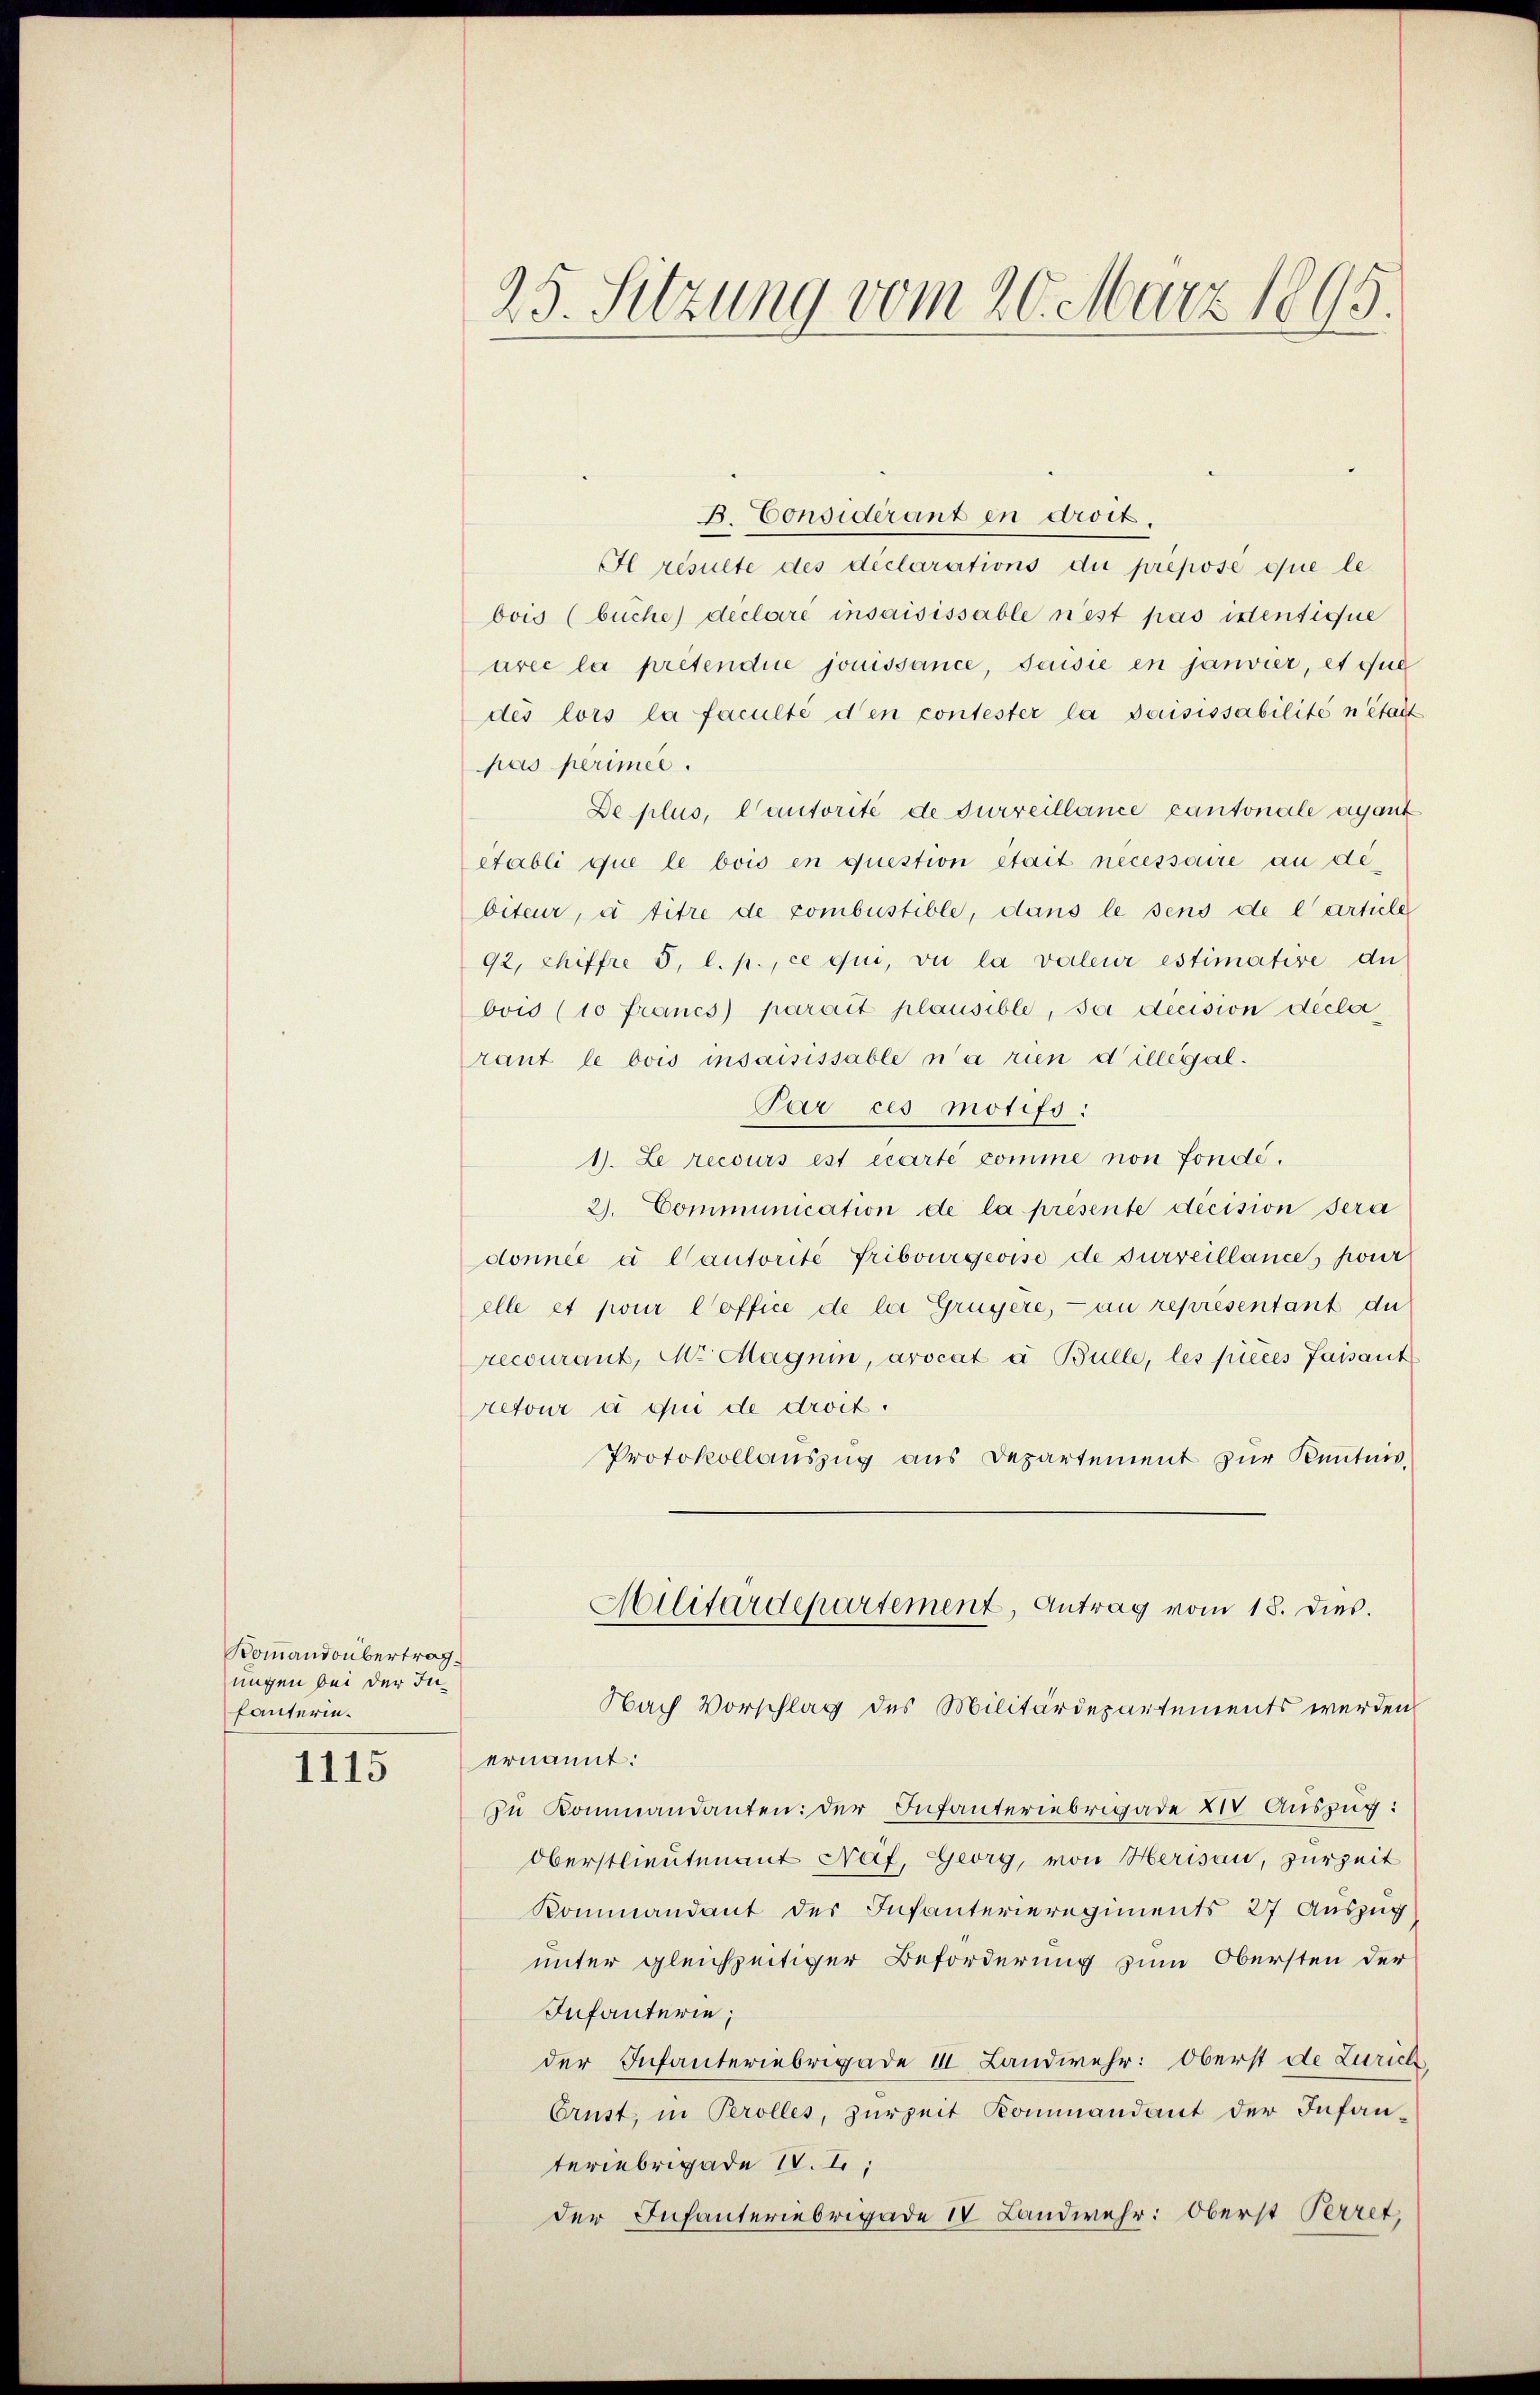
Kommandobertrag
ungen bei der Jufanterin.

1115

25. Sitzung vom 20. März 1895.

B. Considérant in droit,
Il resulte des déclarations die prepose que le
bois (buche) declare insaisissable nest pas istentique
arée la pretendiie jouissance, Jaisie en janvier, et que
dés lors la faculté d’en contester la saisissabilité n’était
pas perimee.
De plus, Cantorité de surveillance cantonale ayant
etabli que le bois en question était necessaire an debiteur, à titre de combustible, dans le sens de l’artiele
92, chiffre 5, l. p., ce qui, vie la valeur estimative du
bvis (10 Francs parait plausible, sei decision décla
raut le bois insaisissable n’a rien dillegal.
Par ces motifs:
1. Le recours est écarte comme non fondé.
2. Communication de la presente decision sera
donnée à Cautorité Fribourgeoise de surveillances pour
elle et pour l’office de la Gruyere, - au représentant du
recouranz, Mr. Magnin, arocat à Bulle, les pieces faisant
retour à qui de droit.
Protokollauszug aus Departement zur Kenntnis,
Militärdepartement, Antrag vom 18. dies.
Nach Vorschlag des Militärdepartements werden
ernannt:
zu Kommandanten: der Infanteriebrigade XIV Auszug:
Oberstlieutenant Näf, Georg, von Herisau, zurzeit
Kommandant der Infanterieregiments 27 Auszug
unter gleichzeitiger Beförderung zum Obersten der
Infanterie;
der Infanteriebrigade 11 Landwehr: Oberst de Zürich
Crust, in Perolles, zurzeit Kommandant der Infanteriebrigade S. I,
der Infanteriebrigade IV Landwehr: Oberst Perret